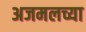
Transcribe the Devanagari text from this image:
अजमलच्या